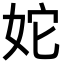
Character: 𡛥